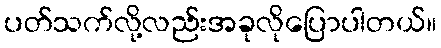
ပတ်သက်လို့လည်းအခုလိုပြောပါတယ်။